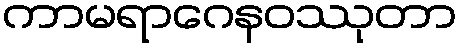
ကာမရာဂေနဝဿုတာ